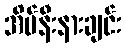
အိမ်နီးနားချင်း